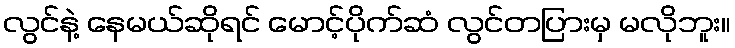
လွင်နဲ့ နေမယ်ဆိုရင် မောင့်ပိုက်ဆံ လွင်တပြားမှ မလိုဘူး။